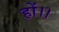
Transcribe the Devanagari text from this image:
हों।।